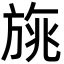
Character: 旐